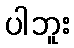
ပါဘူး